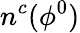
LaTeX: n^{c}(\phi^{0})